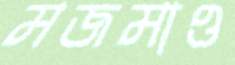
মজমাও